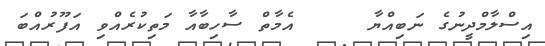
އިސްލާމްދީނުގެ ނަބިއްޔާ     އެމާތް ސާހިބާއާ މަތިކުރެއްވި އަފޫރުއްބަ